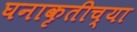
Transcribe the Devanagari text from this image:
घनाकृतीच्या